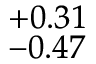
^ { + 0 . 3 1 } _ { - 0 . 4 7 }